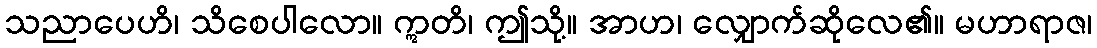
သညာပေဟိ၊ သိစေပါလော။ ဣတိ၊ ဤသို့။ အာဟ၊ လျှောက်ဆိုလေ၏။ မဟာရာဇ၊